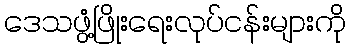
ဒေသဖွံ့ဖြိုးရေးလုပ်ငန်းများကို